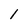
Character: 1